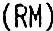
(RM)